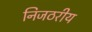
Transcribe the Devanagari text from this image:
निजठरीय